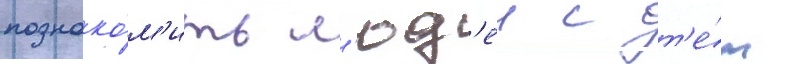
познако́м'ить л'юд'еи с т'е́м